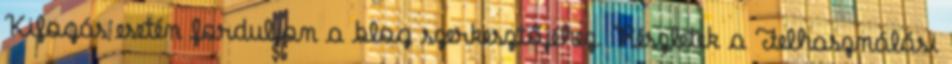
Kifogás esetén forduljon a blog szerkesztőjéhez. Részletek a Felhasználási